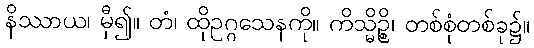
နိဿာယ၊ မှီ၍။ တံ၊ ထိုဥဂ္ဂသေနကို။ ကိသ္မိဉ္စိ၊ တစ်စုံတစ်ခု၌။